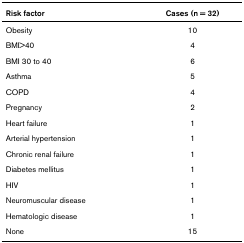
| Risk factor | Cases (n = 32) |
 | --- | --- |
 | Obesity | 10 |
 | BMI>40 | 4 |
 | BMI 30 to 40 | 6 |
 | Asthma | 5 |
 | COPD | 4 |
 | Pregnancy | 2 |
 | Heart failure | 1 |
 | Arterial hypertension | 1 |
 | Chronic renal failure | 1 |
 | Diabetes mellitus | 1 |
 | HIV | 1 |
 | Neuromuscular disease | 1 |
 | Hematologic disease | 1 |
 | None | 15 |